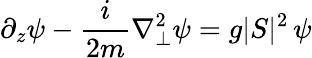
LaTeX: \partial_{z}\psi-\frac{i}{2m}\nabla_{\perp}^{2}\psi=g\vert S\vert^{2}\, \psi